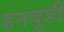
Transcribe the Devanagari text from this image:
डनवुडी